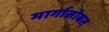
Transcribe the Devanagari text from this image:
मार्गासोबत